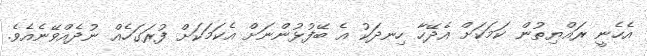
އެހެނީ ރައްޔިތުން ކަމަކަށް އެދޭހާ ހިނދަކު އެ ބޭފުޅުންނަށް އެކަމަކަށް ފުރަގަހެއް ނުދެއްވޭނެއެވެ.